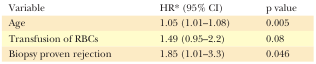
<table><thead><tr><td><b>Variable</b></td><td><b>HR* (95% CI)</b></td><td><b>p value </b></td></tr></thead><tbody><tr><td>Age </td><td>1.05 (1.01–1.08)</td><td>0.005</td></tr><tr><td>Transfusion of RBCs</td><td>1.49 (0.95–2.2)</td><td>0.08</td></tr><tr><td>Biopsy proven rejection</td><td>1.85 (1.01–3.3)</td><td>0.046</td></tr></tbody></table>